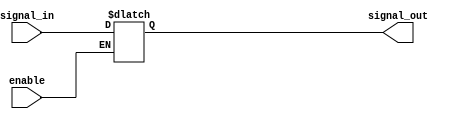
module buffer_with_enable(
    input wire signal_in,
    input wire enable,
    output reg signal_out
);

always @(signal_in, enable)
begin
    if(enable)
        signal_out <= signal_in;
end

endmodule